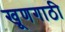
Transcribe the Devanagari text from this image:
खूणगाठी